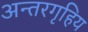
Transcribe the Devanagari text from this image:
अन्तरगृहिय